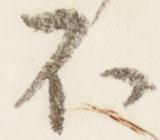
不